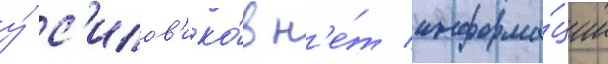
у́ с'илов'ико́в н'е́т информа́ции